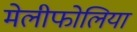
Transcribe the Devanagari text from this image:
मेलीफोलिया